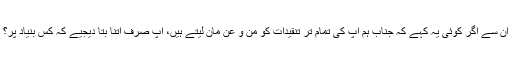
ان سے اگر کوئی یہ کہے کہ جناب ہم آپ کی تمام تر تنقیدات کو من و عن مان لیتے ہیں، آپ صرف اتنا بتا دیجیے کہ کس بنیاد پر؟